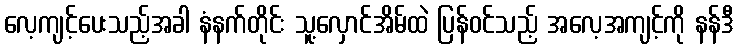
လေ့ကျင့်ပေးသည့်အခါ နံနက်တိုင်း သူ့လှောင်အိမ်ထဲ ပြန်ဝင်သည့် အလေ့အကျင့်ကို နန်ဒီ